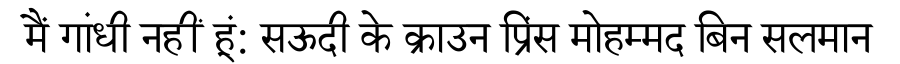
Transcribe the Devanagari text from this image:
मैं गांधी नहीं हूं: सऊदी के क्राउन प्रिंस मोहम्मद बिन सलमान